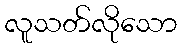
လူသတ်လိုသော